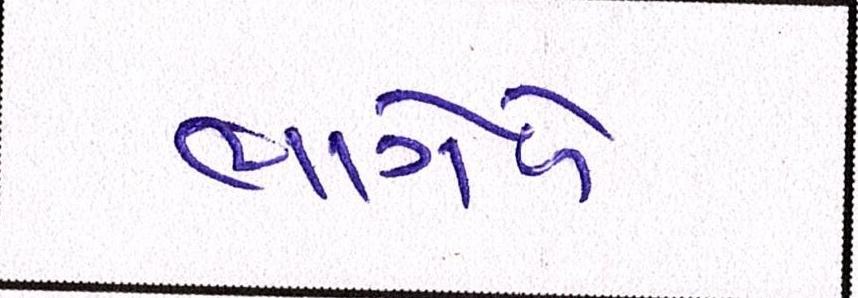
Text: ભાગોળે